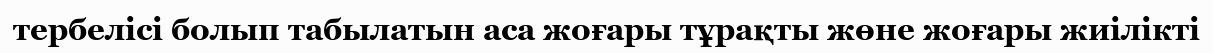
тербелісі болып табылатын аса жоғары тұрақты жөне жоғары жиілікті